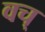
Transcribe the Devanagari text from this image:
वच्